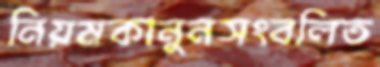
নিয়মকানুনসংবলিত